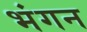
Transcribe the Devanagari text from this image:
भंगन